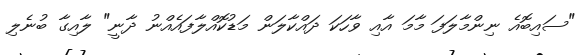
"ސައިބޮއެ ނިންމާލަފަ މާމަ އާއި ވާހަކަ ދައްކާލަން މަޑުކޮއްލާފައެއްނު ދާނީ" ލާއިގާ ބުނެލި